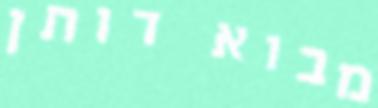
מבוא דותן